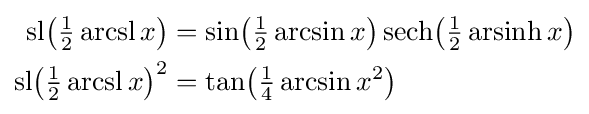
{\begin{aligned}{\operatorname {sl} }{\bigl (}{\tfrac {1}{2}}\operatorname {arcsl} x{\bigr )}&={\sin }{\bigl (}{\tfrac {1}{2}}\arcsin x{\bigr )}\,{\operatorname {sech} }{\bigl (}{\tfrac {1}{2}}\operatorname {arsinh} x{\bigr )}\\{\operatorname {sl} }{\bigl (}{\tfrac {1}{2}}\operatorname {arcsl} x{\bigr )}^{2}&={\tan }{\bigl (}{\tfrac {1}{4}}\arcsin x^{2}{\bigr )}\end{aligned}}